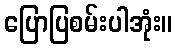
ပြောပြစမ်းပါအုံး။